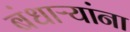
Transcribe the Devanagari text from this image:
बंधाऱ्यांना